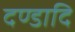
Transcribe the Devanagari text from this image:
दण्डादि